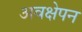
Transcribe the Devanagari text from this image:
अवक्षेपन